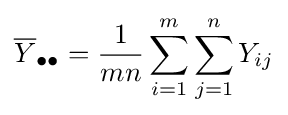
{\overline {Y}}_{\bullet \bullet }={\frac {1}{mn}}\sum _{i=1}^{m}\sum _{j=1}^{n}Y_{ij}